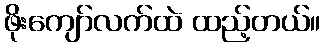
ဖိုးကျော်လက်ထဲ ထည့်တယ်။